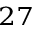
^ { 2 7 }